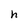
Character: h